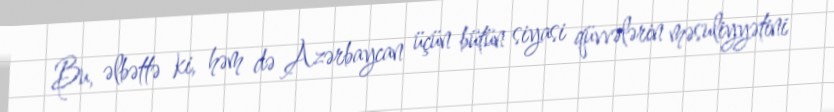
Bu, əlbəttə ki, həm də Azərbaycan üçün bütün siyasi qüvvələrin məsuliyyətini